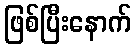
ဖြစ်ပြီးနောက်